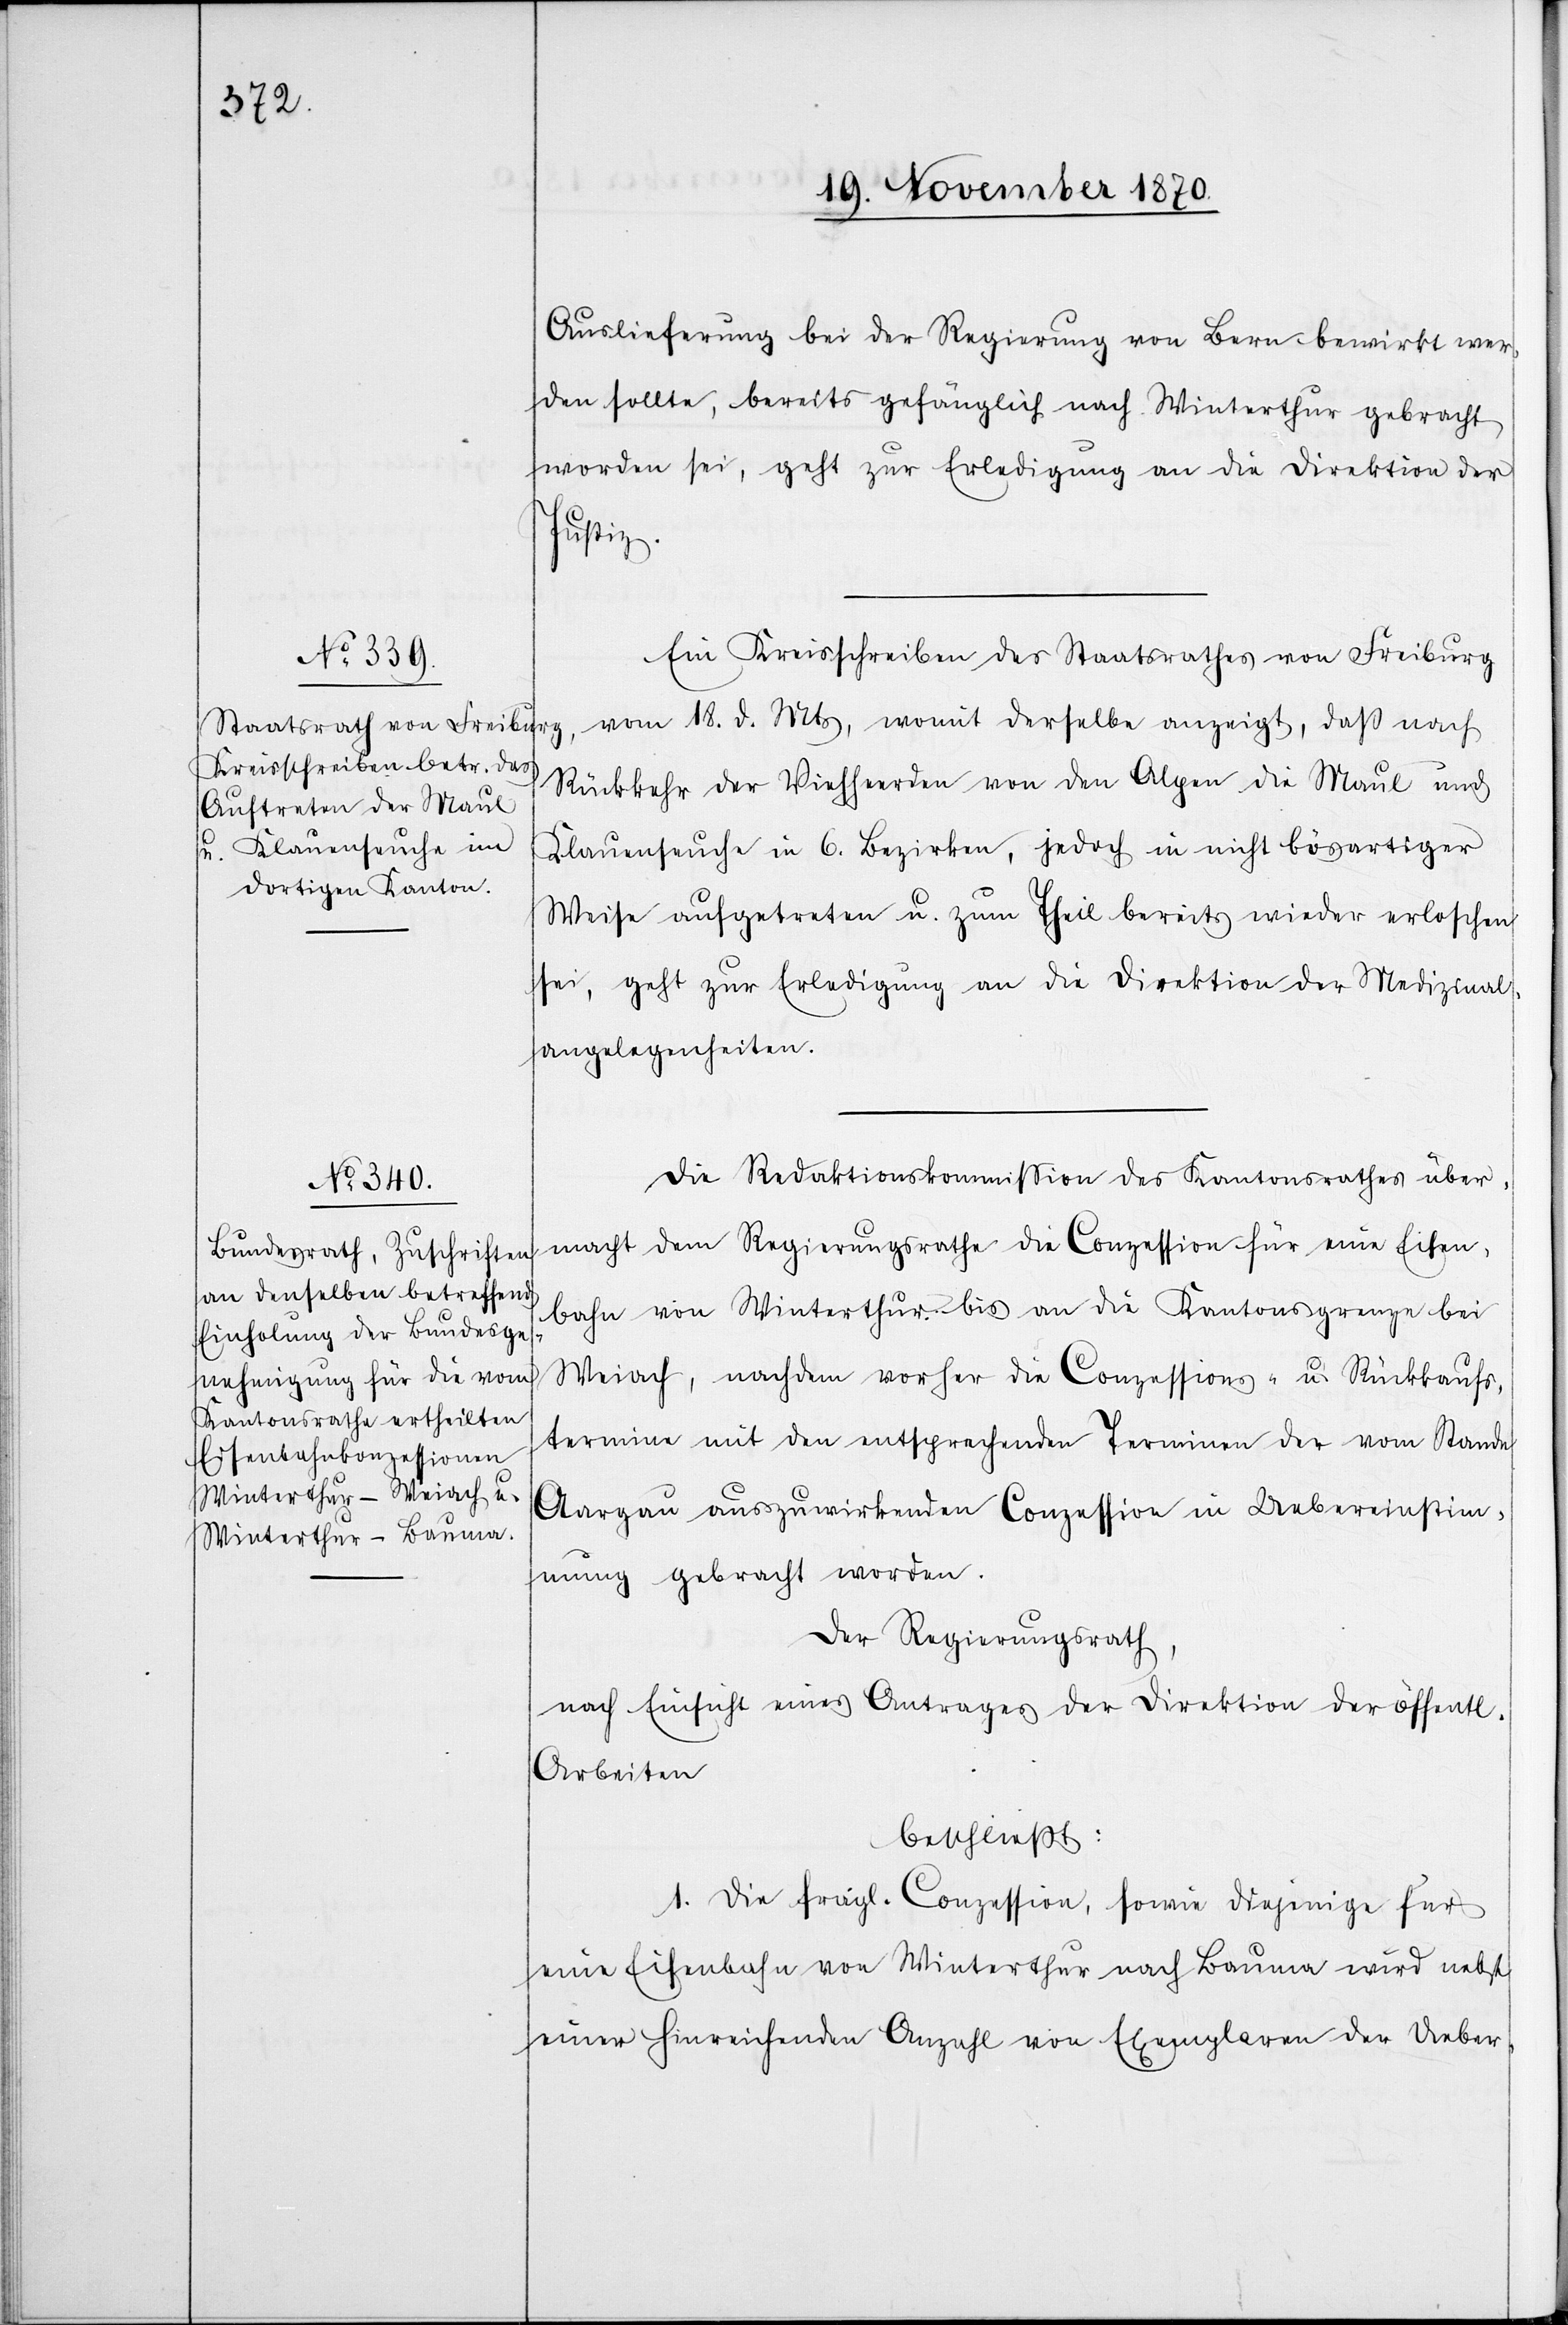
Auslieferung bei der Regierung von Bern bewirkt wer¬
den sollte, bereits gefänglich nach Winterthur gebracht
worden sei, geht zur Erledigung an die Direktion der
ichen
Ein Kreisschreiben des Staatsrathes von Freiburg
vom 18. d. Mts, womit derselbe anzeigt, daß nach
Rückkehr der Viehherden von den Alpen die Maul und
Klauenseuche in 6. Bezirken, jedoch in nicht bösartiger
Weise aufgetreten u. zum Theil bereits wieder erloschen
sei, geht zur Erledigung an die Direktion der Medizinal¬
angelegenheiten.
Die Redaktionskommißion des Kantonsrathes über¬
macht dem Regierungsrathe die Conzession für eine Eisen¬
bahn von Winterthur bis an die Kantonsgrenze bei
Weiach, nachdem vorher die Conzessions u. Rückkaufs¬
termine mit den entsprechenden Terminen der vom Stande
Aargau auszuwirkenden Conzession in Uebereinstim¬
mung gebracht worden.
Der Regierungsrath,
nach Einsicht eines Antrages der Direktion der öffentl¬
Arbeiten
beschließt:
1. Die fragl. Conzession, sowie diejenige für
eine Eisenbahn von Winterthur nach Bauma wird nebst
einer hinreichenden Anzahl von Exemplaren der Ueber-